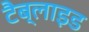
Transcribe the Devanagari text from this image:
टैब्लाइड